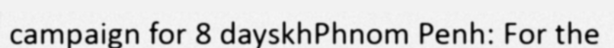
campaign for 8 dayskhPhnom Penh: For the